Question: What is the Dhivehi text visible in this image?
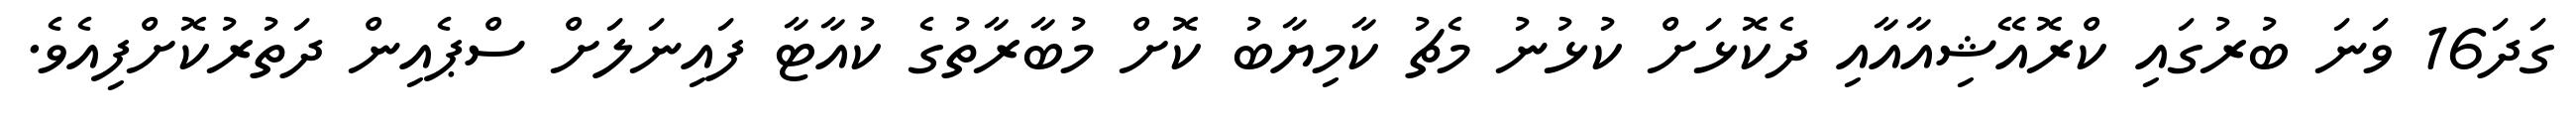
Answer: ގަދަ16 ވަނަ ބުރުގައި ކްރޮއޭޝިއާއާއި ދެކޮޅަށް ކުޅުނު މެޗު ކާމިޔާބު ކޮށް މުބާރާތުގެ ކުއާޓާ ފައިނަލަށް ސްޕެއިން ދަތުރުކޮށްފިއެވެ.